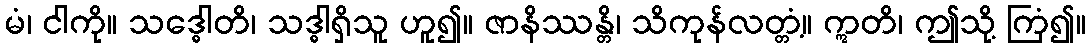
မံ၊ ငါကို။ သဒ္ဓေါတိ၊ သဒ္ဓါရှိသူ ဟူ၍။ ဇာနိဿန္တိ၊ သိကုန်လတ္တံ့။ ဣတိ၊ ဤသို့ ကြံ၍။